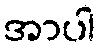
အာပါ